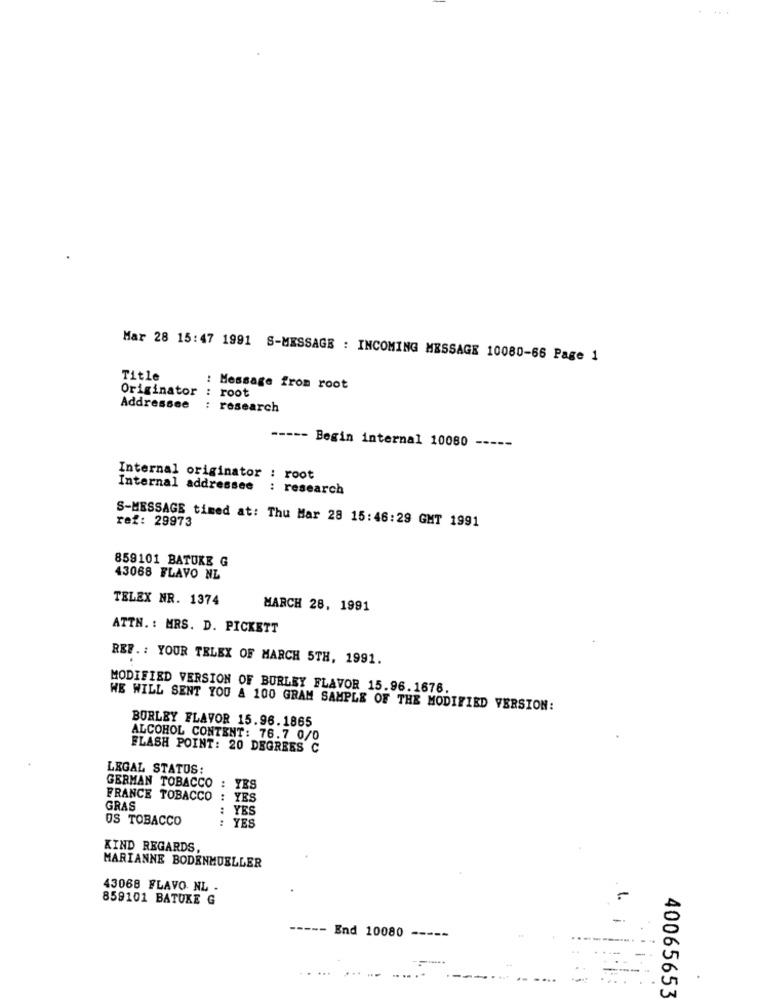
Mar 28 15:47 1991 S-MESSAGE : INCOMING MESSAGE 10080-66 Page 1
Title
: Message from root
Originator : root
Addressee : research
----- Begin internal 10080 -----
Internal originator : root
Internal addressee : research
S-MESSAGE timed at: Thu Mar 28 15:46:29 GMT 1991
ref: 29973
859101 BATUKE G
43068 FLAVO NL
TELEX NR. 1374
MARCH 28, 1991
ATTN. : MRS. D. PICKETT
REF .: YOUR TELEX OF MARCH 5TH, 1991.
MODIFIED VERSION OF BURLEY FLAVOR 15.96.1678.
WE WILL SENT YOU & 100 GRAM SAMPLE OF THE MODIFIED VERSION:
BORLEY FLAVOR 15.96.1865
ALCOHOL CONTENT: 76.7 0/0
FLASH POINT: 20 DEGREES C
LEGAL STATUS:
GERMAN TOBACCO : YES
FRANCE TOBACCO : YES
GRAS
YES
OS TOBACCO
.. ......
YES
KIND REGARDS,
MARIANNE BODENMUELLER
43068 FLAVO NL
859101 BATUKE G
-
End 10080
-----
40065653